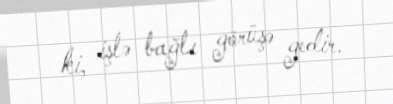
ki, işlə bağlı görüşə gedir.